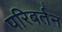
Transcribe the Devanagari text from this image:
परिबर्तन